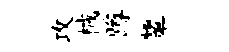
攻械蹲顰